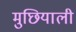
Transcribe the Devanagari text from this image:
मुछियाली